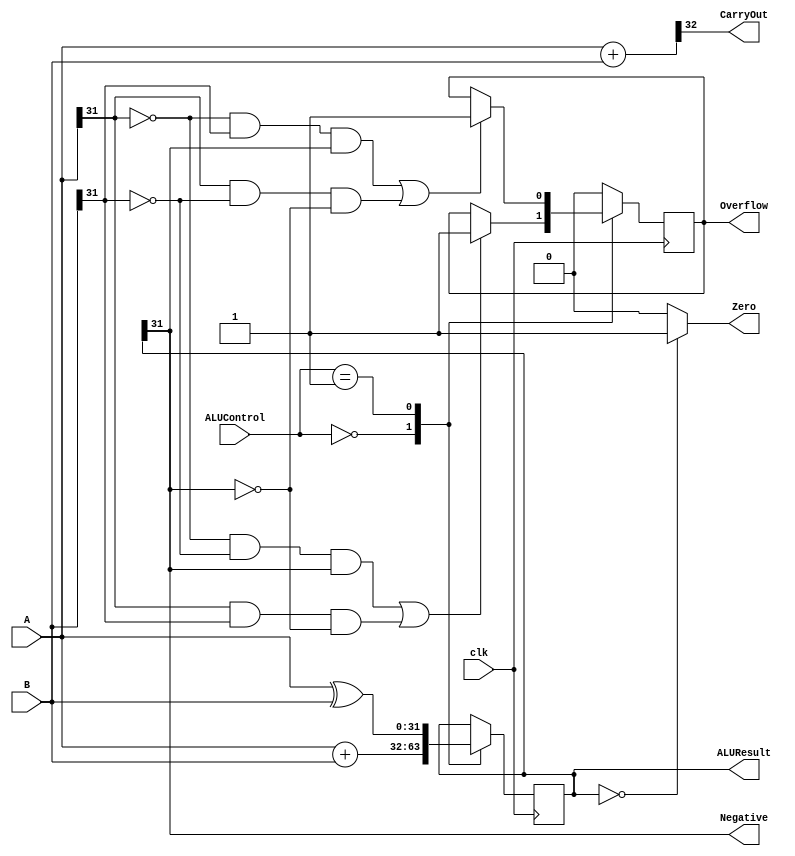
`timescale 1ns / 1ps
//////////////////////////////////////////////////////////////////////////////////
// Company: 
// Engineer: 
// 
// Design Name: Dang Tuan Kiet
// Module Name: ALU32bit
// Project Name: 
// Target Devices: 
// Tool Versions: 
// Description: 
// 
// Dependencies: 
// 
// Revision:
// Revision 0.01 - File Created
// Additional Comments:
// 
//////////////////////////////////////////////////////////////////////////////////


module ALU32bit(
    ALUControl,
    A,
    B,
    ALUResult,
    Zero,
    Negative,
    Overflow,
    CarryOut,
    clk
    );
    
    input [1:0] ALUControl;
    input [31:0] A, B;
    input clk;
    output reg [31:0] ALUResult;
    output reg Zero;
    output reg Overflow = 1'b0;
    output Negative, CarryOut;
    wire [32:0] tmp;
    wire [31:0] test;
    assign test[5:0] = A;
    always @(posedge clk)
    begin
        case(ALUControl)
        00: //ADD
            begin
                ALUResult <= A + B;
            end
        01: //XOR
            begin
                ALUResult <= A ^ B;
            end
        10: //SUB
            begin
                ALUResult <= A - B;
            end
        11: //SLT
           begin
            if(A[31] != B[31]) begin
                if(A[31] > B[31]) begin
                    ALUResult <= 1'b1;
                end
                else begin
                    ALUResult <= 1'b0;
                end
             end
             else begin
                if(A < B) 
                begin
                    ALUResult <= 1'b1;
                end
                else begin
                    ALUResult <= 1'b0;
                end
             end
          end
          endcase
    end
    
    always @(posedge clk) begin
        case(ALUControl)
        00: begin
            if((A[31] == 1'b0 && B[31] == 1'b0 && ALUResult[31] == 1'b1) || (A[31] == 1'b1 && B[31] == 1'b1 && ALUResult[31] == 1'b0)) begin
                Overflow <= 1'b1;
            end
        end
        01: begin
            if((A[31] == 1'b0 && B[31] == 1'b1 && ALUResult[31] == 1'b1) || (A[31] == 1'b1 && B[31] == 1'b0 && ALUResult[31] == 1'b0)) begin
                Overflow <= 1'b1;
            end
        end
        default: Overflow <= 1'b0;
        endcase
    end
    
    always @(ALUResult) begin
        if (ALUResult == 32'd0) begin
            Zero <= 1'b1;
        end
        else begin
            Zero <= 1'b0;
        end
    end
    
    assign Negative = ALUResult[31];
    assign tmp = {1'b0,A} + {1'b0,B};
    assign CarryOut = tmp[32];
    
    
endmodule